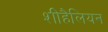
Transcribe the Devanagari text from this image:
शीहैलियन